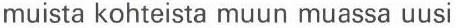
muista kohteista muun muassa uusi